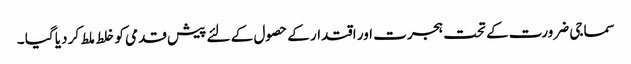
سماجی ضرورت کے تحت ہجرت اور اقتدار کے حصول کے لئے پیش قدمی کو خلط ملط کر دیا گیا ۔